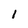
Character: 1